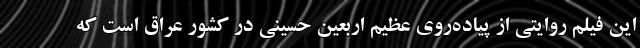
این فیلم روایتی از پیاده‌روی عظیم اربعین حسینی در کشور عراق است که